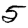
Digit: 5